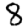
Digit: 8